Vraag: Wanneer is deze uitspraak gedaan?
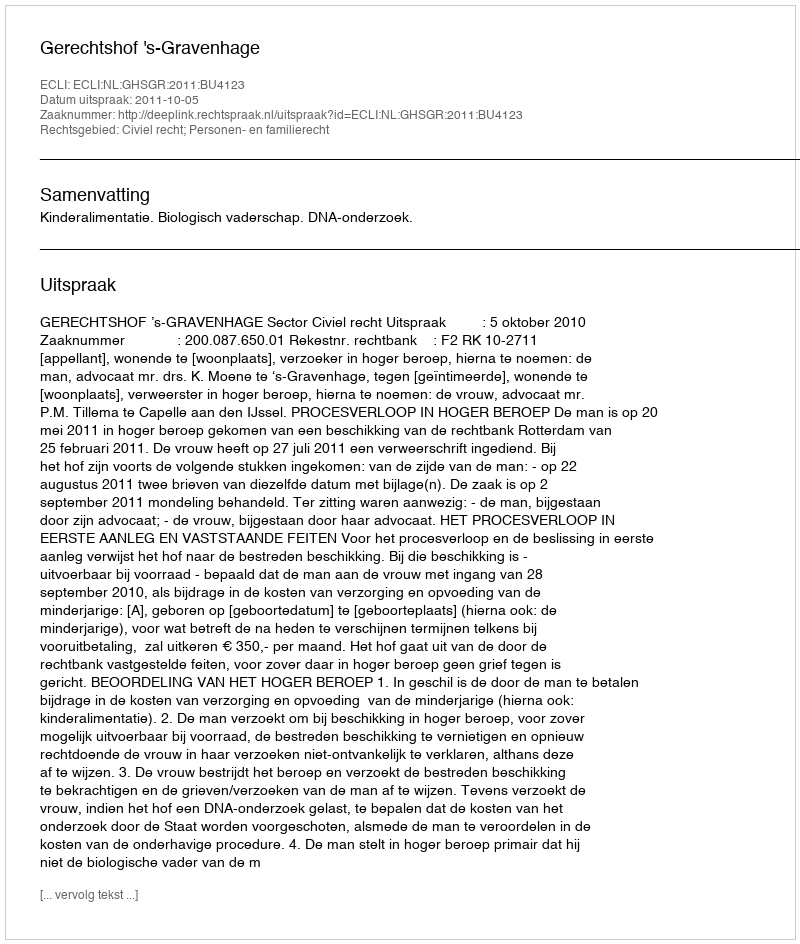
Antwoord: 2011-10-05